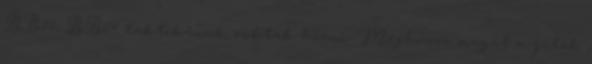
BB10, BB14 taktikának szoktak hívni. Meghúzza magát a játék